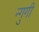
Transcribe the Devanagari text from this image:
न्गुगी